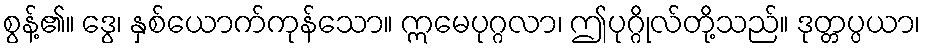
စွန့်၏။ ဒွေ၊ နှစ်ယောက်ကုန်သော။ ဣမေပုဂ္ဂလာ၊ ဤပုဂ္ဂိုလ်တို့သည်။ ဒုတ္တပ္ပယာ၊